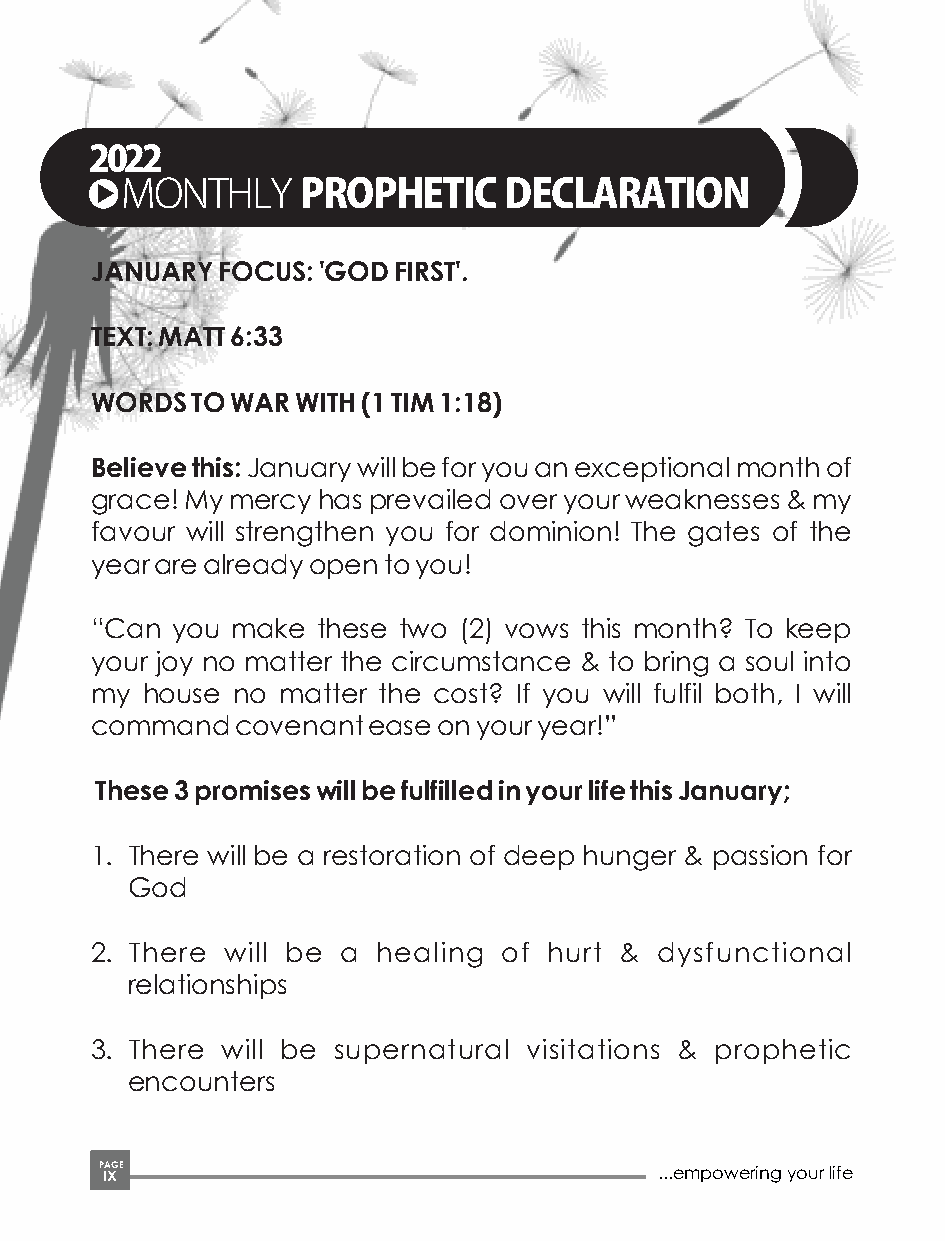
2022
 MONTHLYPROPHETICDECLARATION
 JANUARY FOCUS: 'GOD FIRST'.
 TEXT: MATT 6:33
 WORDS  TO WAR WITH (1 TIM 1:18)
 Believe this: January will be for you an exceptional month of
 grace! My mercy has prevailed over your weaknesses & my
 favour will strengthen you for dominion! The gates of the
 year are already open to you!
 “Can you make  these two (2) vows this month? To keep
 your joy no matter the circumstance & to bring a soul into
 my house no matter the cost? If you will fulfil both, I will
 command   covenant ease on your year!”
 These 3 promises will be fulfilled in your life this January;
 1. There will be a restoration of deep hunger & passion for
 God
 2. There will be a healing of hurt & dysfunctional
 relationships
 3. There will be supernatural visitations & prophetic
 encounters
 P IA XGE                             ...empowering your life